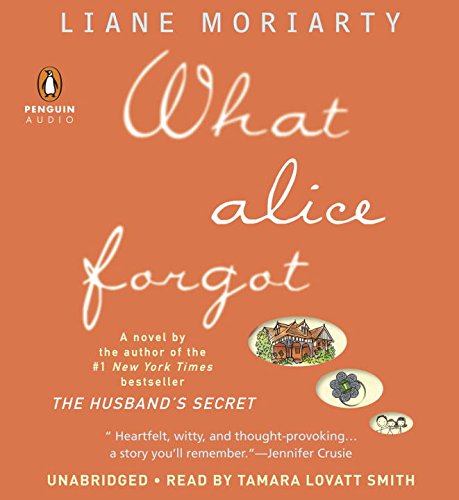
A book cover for What Alice Forgot; Liane Moriarty; Literature & Fiction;